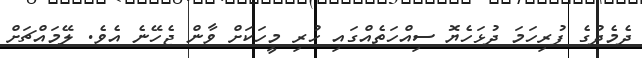
ދެމެދުގެ ފުރިހަމަ ދުޅަހެޔޮ ސިއްހަތެއްގައި ހުރި މީހަކަށް ވާން ޖެހޭނެ އެވެ. ލޭމައްޗަށް